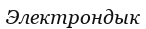
Электрондык